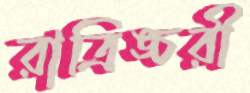
রাত্রিঙ্চরী